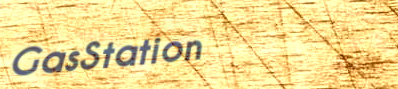
GasStation